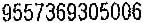
9557369305006